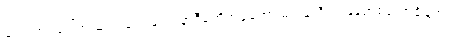
လေယာဉ်ပေါ်က ဆင်းဆင်းချင်း နာရီမတိုက်ခဲ့တော့ မင်းနာရီရဲ့ မြန်မာစံတော်ချိန်က